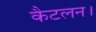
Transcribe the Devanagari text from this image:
कैटलन।